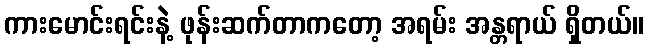
ကားမောင်းရင်းနဲ့ ဖုန်းဆက်တာကတော့ အရမ်း အန္တရာယ် ရှိတယ်။